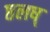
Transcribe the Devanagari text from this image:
ष्ठलष्